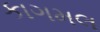
કાગમલ